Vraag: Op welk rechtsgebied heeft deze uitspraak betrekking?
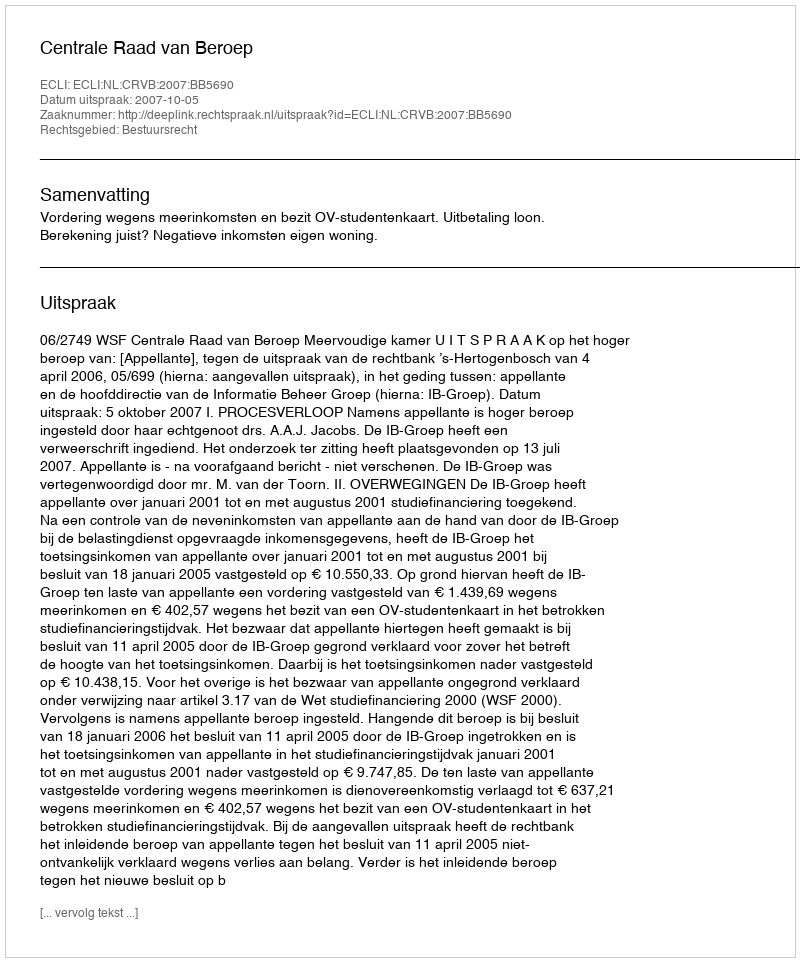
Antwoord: Bestuursrecht